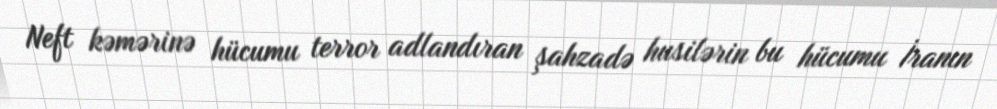
Neft kəmərinə hücumu terror adlandıran şahzadə husilərin bu hücumu İranın